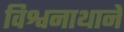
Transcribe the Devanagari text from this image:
विश्वनाथानें